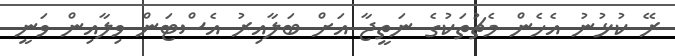
ރޭ ކުޅުނު އެހެން މެޗުތަކުގެ ނަތީޖާ އަށް ބަލާއިރު އެސްޓަން ވިލާއިން ވަނީ